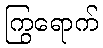
ကြွရောက်